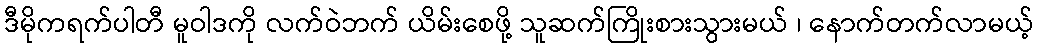
ဒီမိုကရက်ပါတီ မူဝါဒကို လက်ဝဲဘက် ယိမ်းစေဖို့ သူဆက်ကြိုးစားသွားမယ် ၊ နောက်တက်လာမယ့်